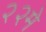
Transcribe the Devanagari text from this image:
२२मे